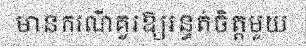
មានករណីគួរឱ្យរន្ធត់ចិត្តមួយ